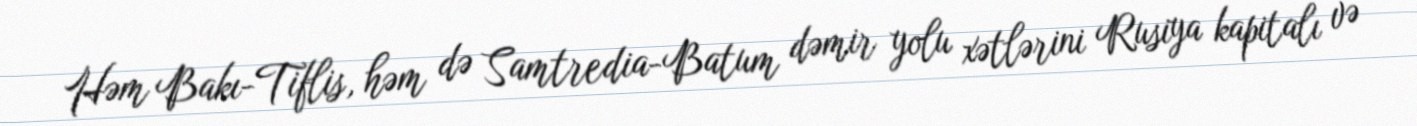
Həm Bakı-Tiflis, həm də Samtredia-Batum dəmir yolu xətlərini Rusiya kapitalı və